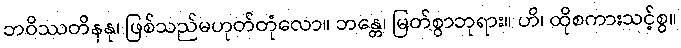
ဘဝိဿတိနနု၊ ဖြစ်သည်မဟုတ်တုံလော။ ဘန္တေ၊ မြတ်စွာဘုရား။ ဟိ၊ ထိုစကားသင့်စွ။